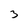
Character: 3